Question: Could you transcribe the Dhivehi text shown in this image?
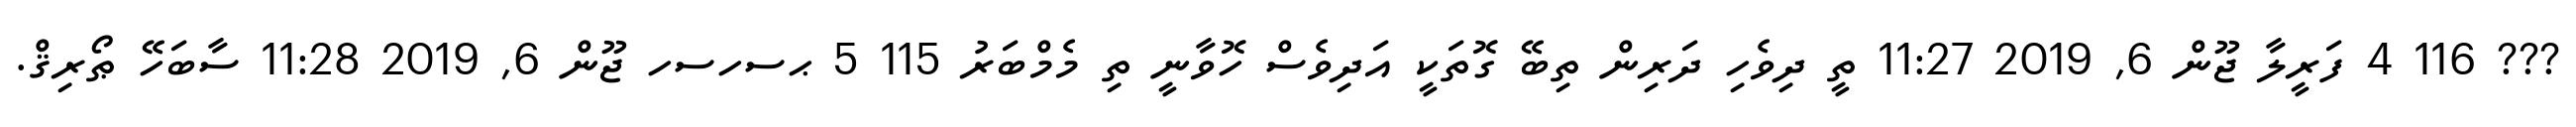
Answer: ??? 116 4 ފަރީލާ ޖޫން 6, 2019 11:27 ތީ ދިވެހި ދަރިން ތިބޭ ގޮތަކީ އަދިވެސް ހޮވާނީ ތި މެމްބަރު 115 5 ޙސހސހ ޖޫން 6, 2019 11:28 ސާބަހޭ ޠޯރިޤް.